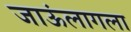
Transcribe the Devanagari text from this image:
जाऊंलागला